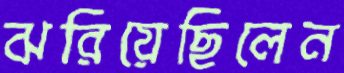
ঝরিয়েছিলেন